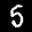
Label: 5